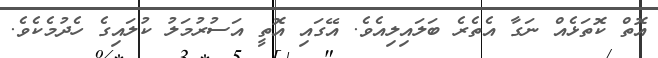
އޮތް ކޮތަޅެއް ނަގާ އެތެރެ ބަލައިލިއެވެ. އޭގައި އޮތީ އަސުރުމަލު ކުލައިގެ ހެދުމެކެވެ.